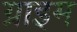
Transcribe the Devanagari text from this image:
ग्राइम